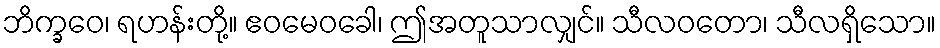
ဘိက္ခဝေ၊ ရဟန်းတို့။ ဧဝမေဝခေါ၊ ဤအတူသာလျှင်။ သီလဝတော၊ သီလရှိသော။